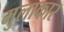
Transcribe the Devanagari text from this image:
मुलाकार